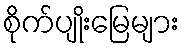
စိုက်ပျိုးမြေများ